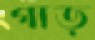
গাড়